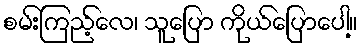
စမ်းကြည့်လေ၊ သူပြော ကိုယ်ပြောပေါ့။